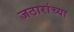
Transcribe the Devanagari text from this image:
जठारांच्या